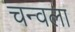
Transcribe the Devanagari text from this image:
चन्वला